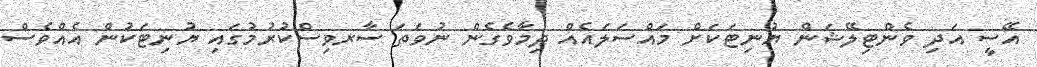
އޭސީ އަދި ވެންޓިލޭޝަން ޔުނިޓަކަށް މައްސަލައެއް ދިމާވެގެން ނުވަތަ ސާރވިސްކުރުމުގައި ޔުނިޓަކުން އެއްވެސް